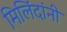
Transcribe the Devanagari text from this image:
मिलिंदांनी